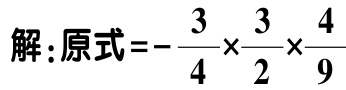
解：原式\(=-\frac{3}{4}\times\frac{3}{2}\times\frac{4}{9}\)